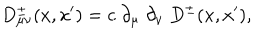
D _ { \mu \nu } ^ { \pm } ( x , x ^ { \prime } ) = c \; \partial _ { \mu } \; \partial _ { \nu } \; D ^ { \pm } ( x , x ^ { \prime } ) ,